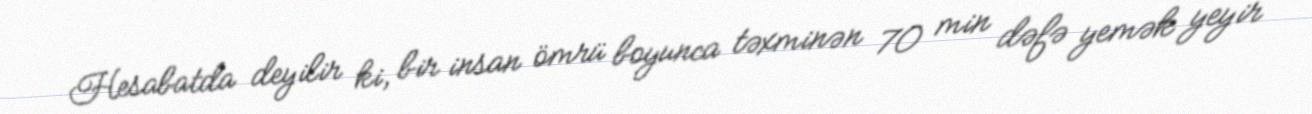
Hesabatda deyilir ki, bir insan ömrü boyunca təxminən 70 min dəfə yemək yeyir